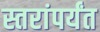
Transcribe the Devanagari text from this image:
स्तरांपर्यंत